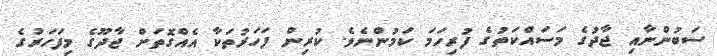
ސަބުންނާއި ޖާދުގެ މަސައްކަތުގެ ފުރިހަމަ ކަމުންނެވެ. ކުރިން ފަހަރުތަކާ އެއްގޮތަށް ޖާދޫގެ މިފަހަރުގެ